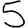
Digit: 5